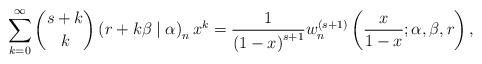
LaTeX: \begin{align*}\sum_{k=0}^{\infty}\binom{s+k}{k}\left( r+k\beta\mid\alpha\right) _{n}x^{k}=\frac{1}{\left( 1-x\right) ^{s+1}}w_{n}^{\left( s+1\right) }\left(\frac{x}{1-x};\alpha,\beta,r\right) , \end{align*}